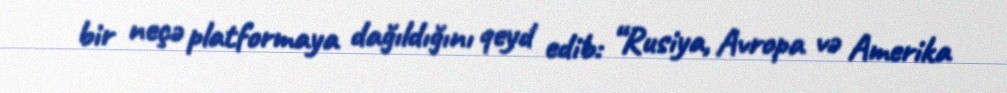
bir neçə platformaya dağıldığını qeyd edib: “Rusiya, Avropa və Amerika